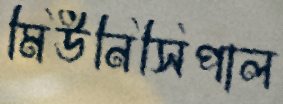
মিউনিসিপাল